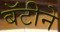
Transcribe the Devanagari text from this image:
बॅटीने